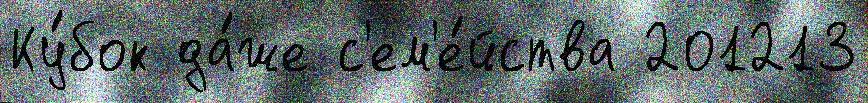
Ку́бок да́же с'ем'е́йства 201213